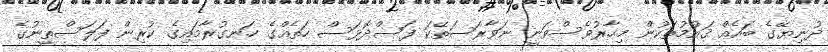
ދުނިޔޭގެ ބައެއް ޤައުމުތަކުން މިހާރުވެސްވަނީ ނަވާރަސަތޭކަ ފަސްދޮޅަސް ހަތެއްގެ ހަނގުރާމައިގެ ކުރިން ފަލަސްތީނުގެ